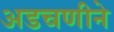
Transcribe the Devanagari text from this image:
अडचणीने